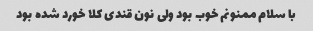
با سلام ممنونم خوب بود ولی نون قندی کلا خورد شده بود